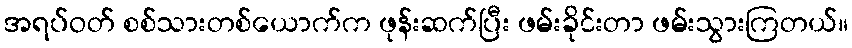
အရပ်ဝတ် စစ်သားတစ်ယောက်က ဖုန်းဆက်ပြီး ဖမ်းခိုင်းတာ ဖမ်းသွားကြတယ်။